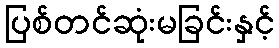
ပြစ်တင်ဆုံးမခြင်းနှင့်